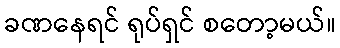
ခဏနေရင် ရုပ်ရှင် စတော့မယ်။